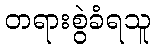
တရားစွဲခံရသူ